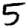
Digit: 5